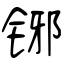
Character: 铘